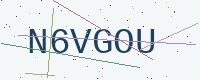
Text: N6VGOU